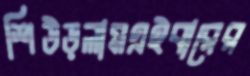
শিউড়লামএইবারের